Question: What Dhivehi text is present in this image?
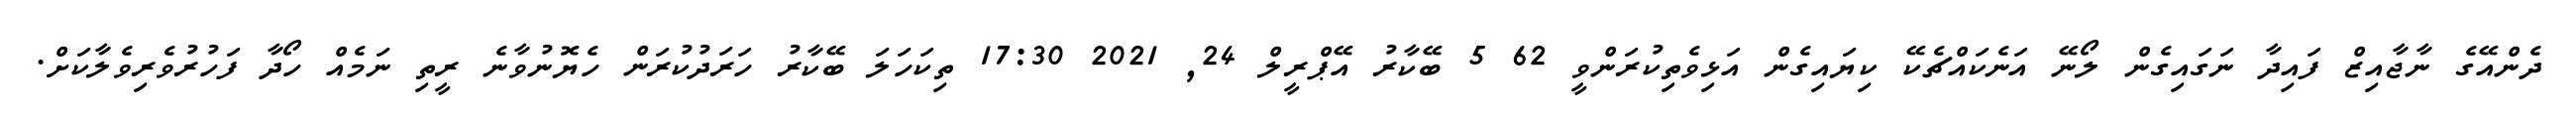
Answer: ދެންއޭގެ ނާޖާއިޒް ފައިދާ ނަގައިގެން ލޯނޭ އަނެކައްޗެކޭ ކިޔައިގެން އަޅިވެތިކުރަންވީ 62 5 ބޭކާރު އޭޕްރީލް 24, 2021 17:30 ތިކަހަލަ ބޭކާރު ހަރަދުކުރަން ހެޔޮނުވާނެ ރީތި ނަމެއް ހޯދާ ފަހުރުވެރިވެލާކަށް.